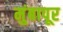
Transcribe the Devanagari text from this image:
मुंबापूर